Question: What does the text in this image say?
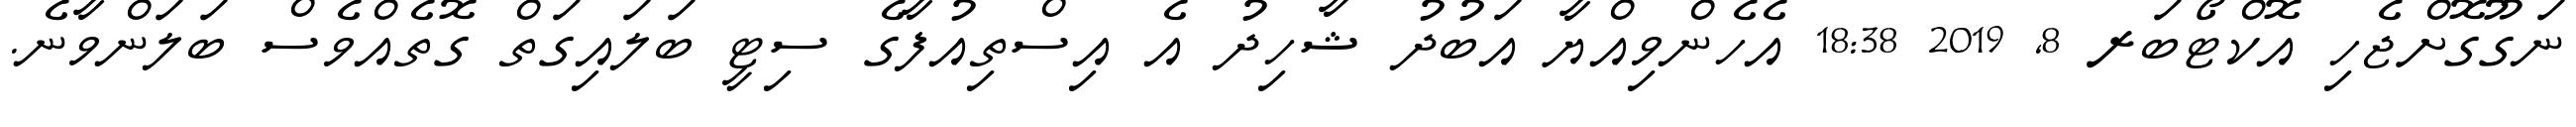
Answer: ނަގޫގޮށްޖެހި އޮކްޓޯބަރ 8, 2019 18:38 އެހެންވިއްޔާ އަބުދު ޝާހިދު އެ އިސްތިއުފާގެ ސިޓީ ބަލައިގަތް ގޮތެއްވެސް ބަލަންވާނެ.